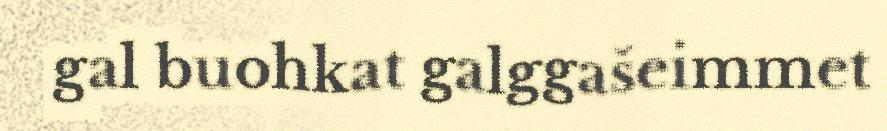
gal buohkat galggašeimmet